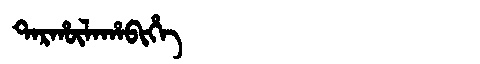
Manchu: ᡨᠠᡵᡥᡡᠯᠠᡥᠠᠪᡳᡥᡝ
Romanization: TARHŪLAHABIHE